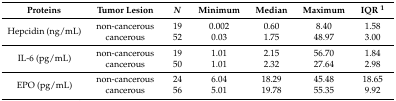
| Proteins | Tumor Lesion | N | Minimum | Median | Maximum | IQR 1 |
 | --- | --- | --- | --- | --- | --- | --- |
 | <ROWSPAN=2> Hepcidin (ng/mL) | non-cancerous | 19 | 0.002 | 0.60 | 8.40 | 1.58 |
 | cancerous | 52 | 0.03 | 1.75 | 48.97 | 3.00 |
 | <ROWSPAN=2> IL-6 (pg/mL) | non-cancerous | 19 | 1.01 | 2.15 | 56.70 | 1.84 |
 | cancerous | 50 | 1.01 | 2.32 | 27.64 | 2.98 |
 | <ROWSPAN=2> EPO (pg/mL) | non-cancerous | 24 | 6.04 | 18.29 | 45.48 | 18.65 |
 | cancerous | 56 | 5.01 | 19.78 | 55.35 | 9.92 |